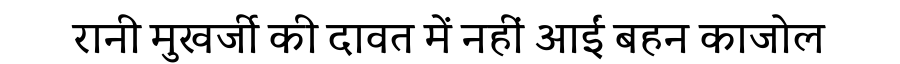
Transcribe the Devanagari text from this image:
रानी मुखर्जी की दावत में नहीं आईं बहन काजोल